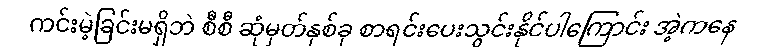
ကင်းမဲ့ခြင်းမရှိဘဲ စီစီ ဆုံမှတ်နှစ်ခု စာရင်းပေးသွင်းနိုင်ပါကြောင်း အဲ့ကနေ